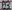
Text: D9